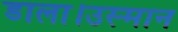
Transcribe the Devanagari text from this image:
डाला।उस्मान